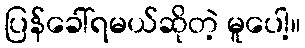
ပြန်ခေါ်ရမယ်ဆိုတဲ့ မူပေါ့။